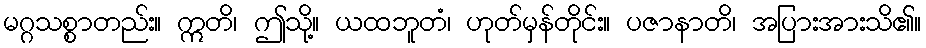
မဂ္ဂသစ္စာတည်း။ ဣတိ၊ ဤသို့။ ယထဘူတံ၊ ဟုတ်မှန်တိုင်း။ ပဇာနာတိ၊ အပြားအားသိ၏။